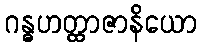
ဂန္ဓဟတ္ထာဇာနိယော